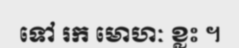
ទៅ រក មោហៈ ខ្លះ ។